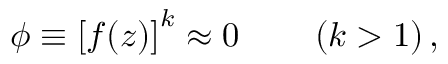
\phi \equiv \left[ f ( z ) \right] ^ { k } \approx 0 \qquad \left( k > 1 \right) ,